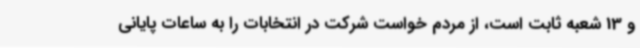
و 13 شعبه ثابت است، از مردم خواست شرکت در انتخابات را به ساعات پایانی